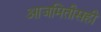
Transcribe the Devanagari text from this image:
आजमितीसही